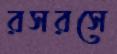
রসরসে